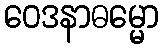
ဝေဒနာဓမ္မော